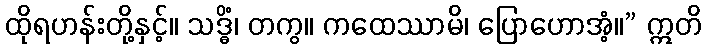
ထိုရဟန်းတို့နှင့်။ သဒ္ဓိံ၊ တကွ။ ကထေဿာမိ၊ ပြောဟောအံ့။” ဣတိ